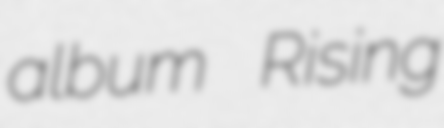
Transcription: album Rising